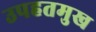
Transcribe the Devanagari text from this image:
उपहतमुख